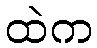
ထဲက